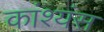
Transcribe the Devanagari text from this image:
कांश्यंस